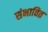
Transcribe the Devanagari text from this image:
संभावित